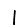
Digit: 1